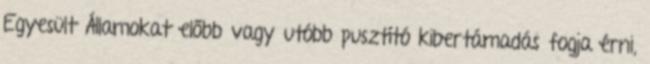
Egyesült Államokat előbb vagy utóbb pusztító kibertámadás fogja érni,